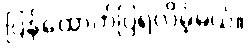
ပြန်ထောက်ပြရလိမ့်မယ်။